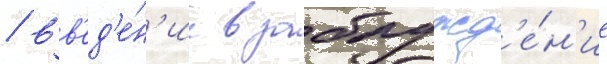
/ вв'ед'е́н'ие в заблужд'е́н'ие